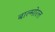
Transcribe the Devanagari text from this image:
बाल्मोरल